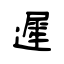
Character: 遲